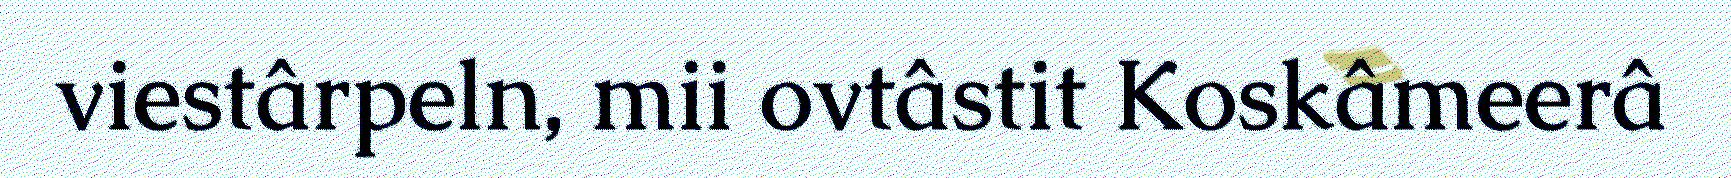
viestârpeln, mii ovtâstit Koskâmeerâ